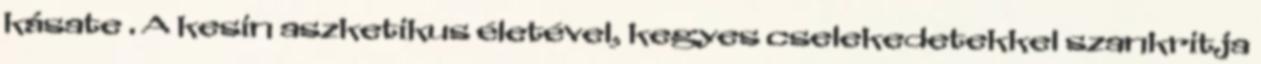
kásate . A kesin aszketikus életével, kegyes cselekedetekkel szankritja